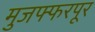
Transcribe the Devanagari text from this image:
मुजफ्फरपूर